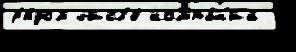
р'я́дом числ'е́ компа́н'ий